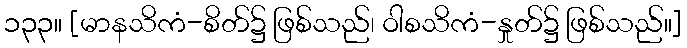
၁၃၃။ [မာနသိကံ-စိတ်၌ ဖြစ်သည်၊ ဝါစသိကံ-နှုတ်၌ ဖြစ်သည်။]